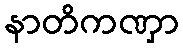
နာတိကဏှာ